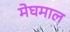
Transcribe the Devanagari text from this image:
मेघमाल